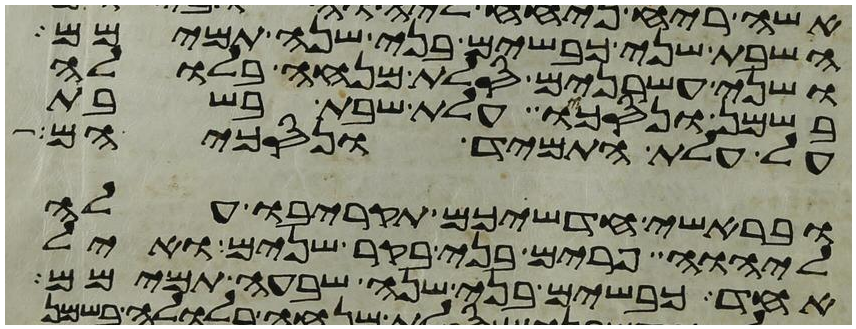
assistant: השבת שני כבשים בני שנה תמימם
ושני עשרנים סלת מנחה בלולה
בשמן ונסכו עלת שבת בשבת
על עלת התמיד ונסכיהם
ובראשי חדשיכם תקריבו עלה
ליהוה פרים בני בקר שנים ואיל
אחד כבשים בני שנה שבעה תמימם